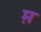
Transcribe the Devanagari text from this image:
म़